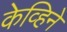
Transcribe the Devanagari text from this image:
केव्हिने